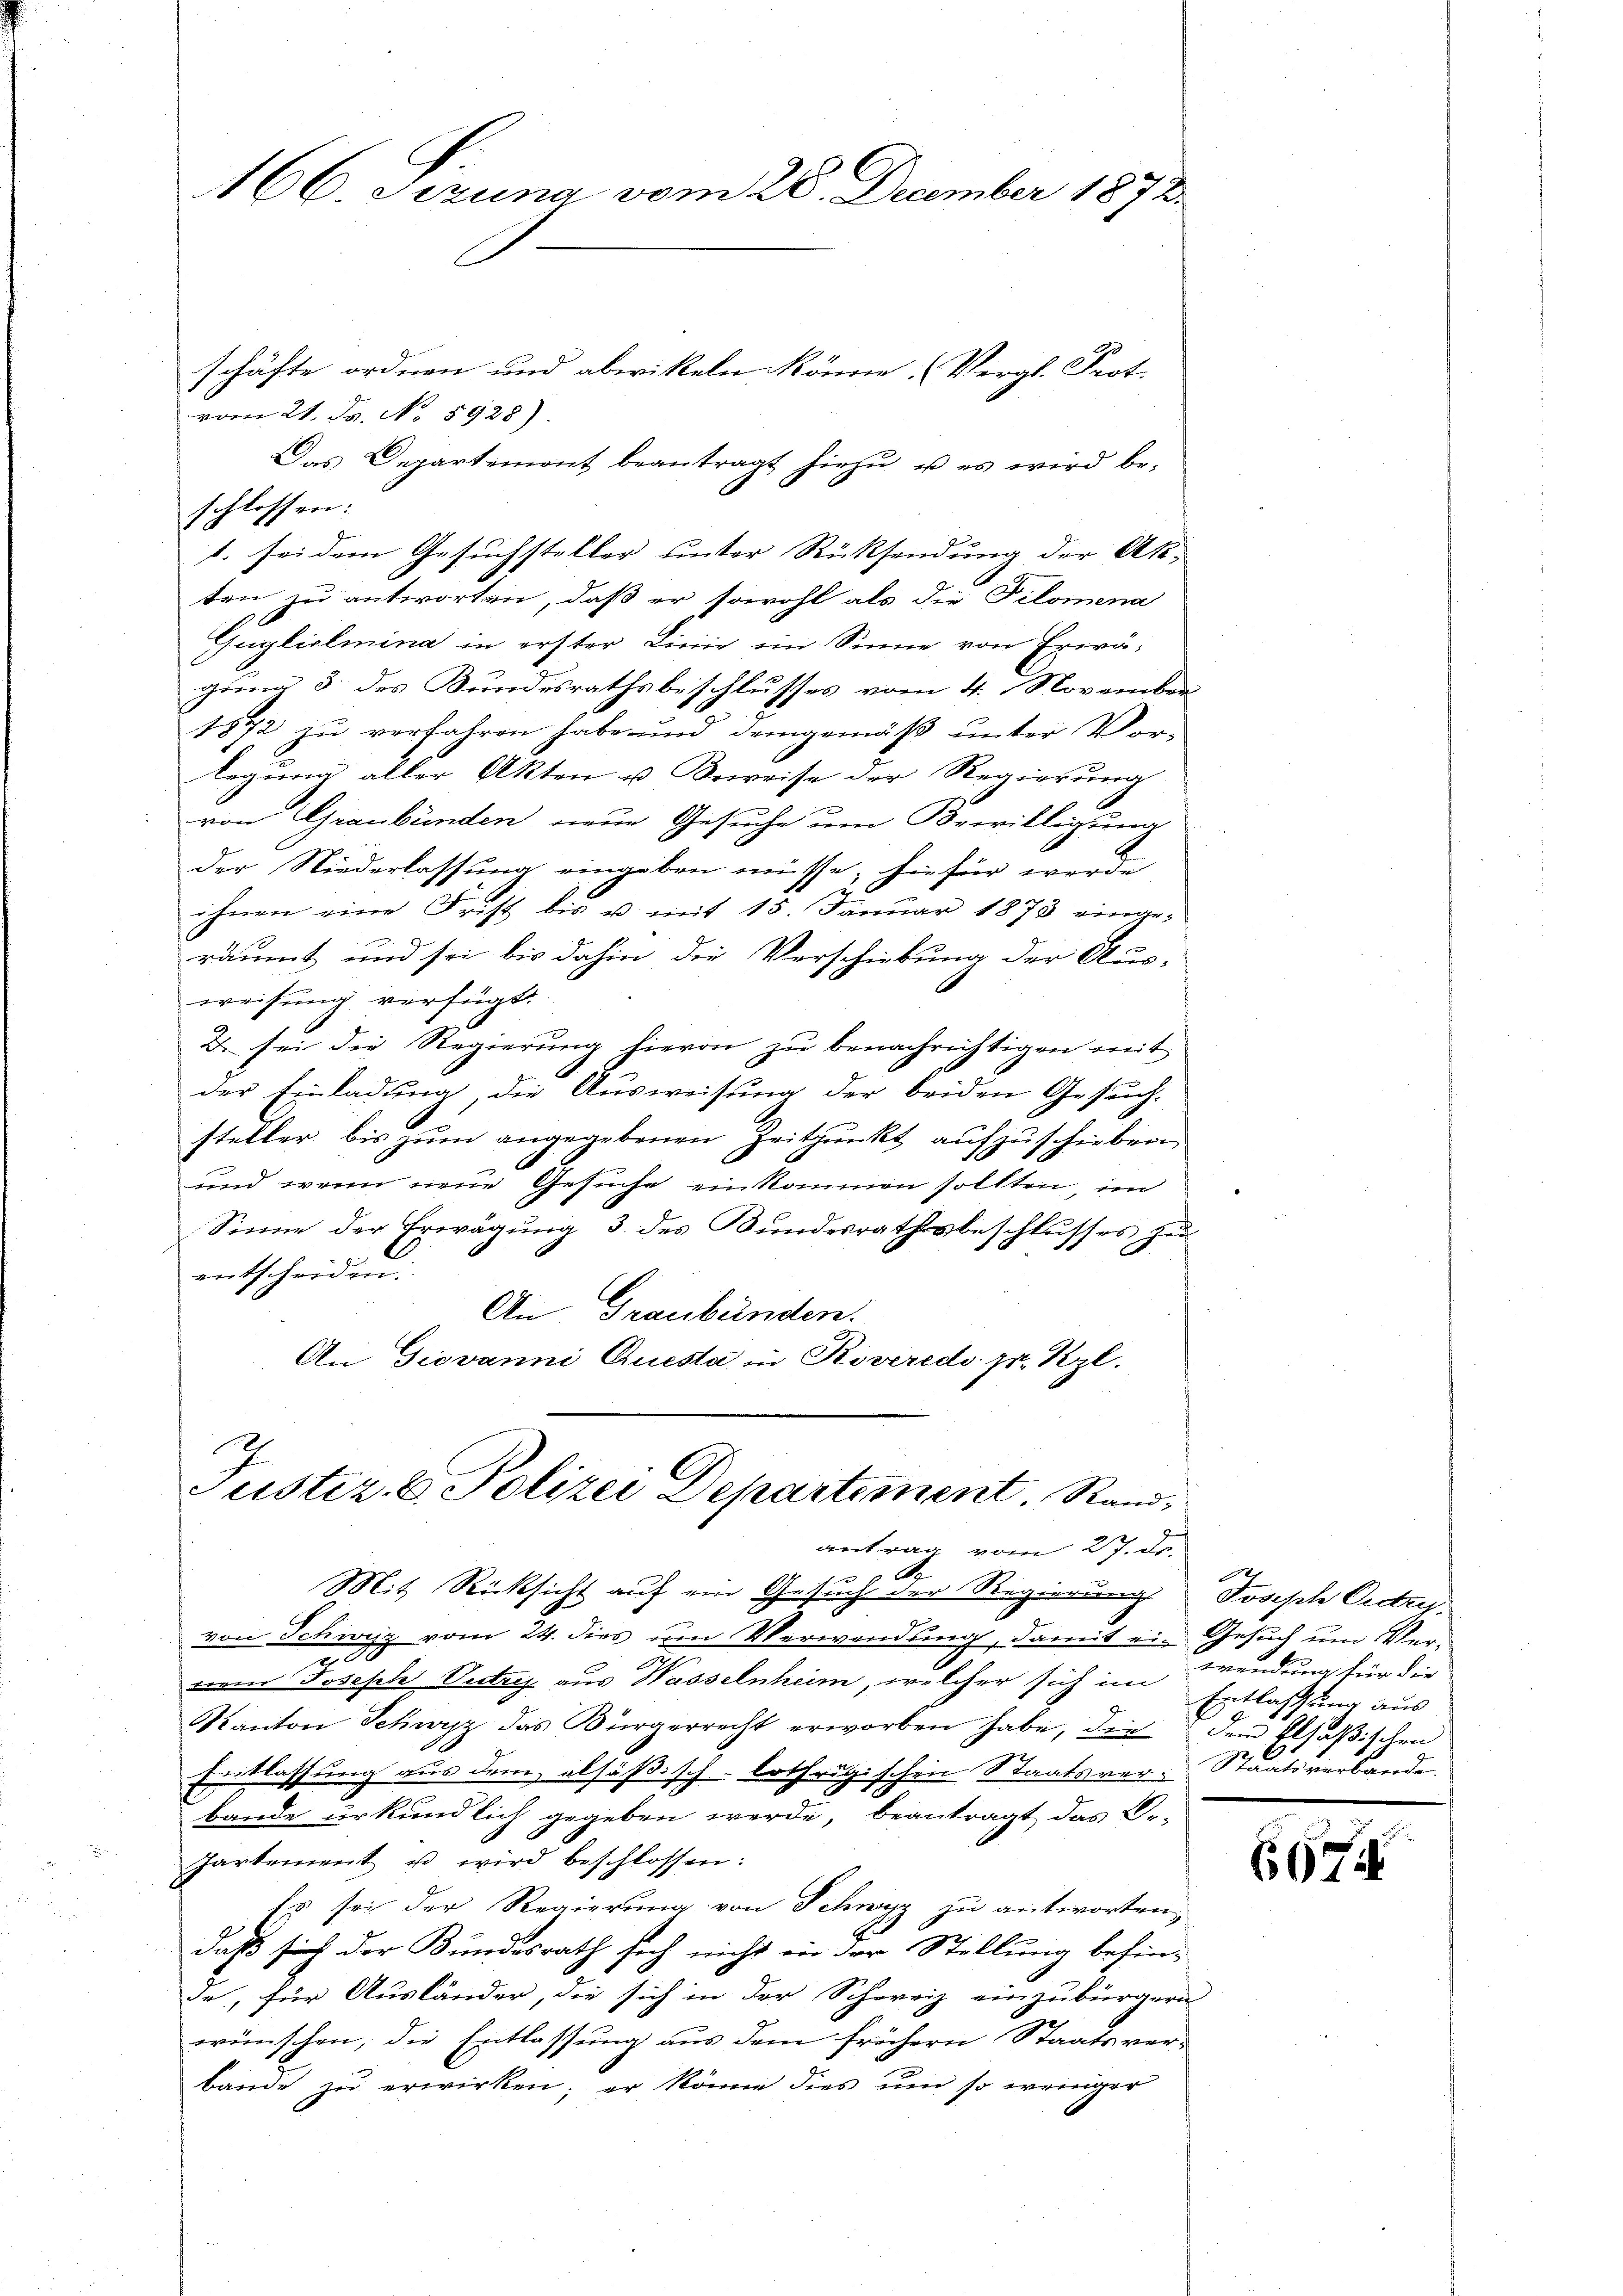
166. Jezuna vom 28. December 1872.

schäfte ordnen und abwitteln könne. Vergl. Prot.
vom 21. Js. No. 5928).
Das Departement beantragt hiezu, u es wird be-
schlossen:
s. sei dem Gesuchsteller unter Rücksendung der Ak-
ten zu antworten, daß er sowohl als die Filomena
Gugliclmina in erster Lierie im Sinne von Erwägung 3. des Bundesrathsbeschlusses vom 4. November
1872 zu verfahren habe und demgemäß unter Vor-
legung aller Akten u. Beweise der Regierung
von Graubünden, neue Gesuche um Bewilligung
der Niederlassung eingeben müsse; hiefür werde
ihnen eine Frist bis u. mit 15. Januar 1873 einge-
räumt und sei bis dahin die Verschiebung der Aus-
weisung verfügt:
2. sei die Regierung hievon zu benachrichtigen mit
der Einladung, die Ausweisung der beiden Gesuch-
steller bis zum angegebenen Zeitpunkt aufzuschieben,
und wenn neue Gesuche einkommen sollten, im
Sinne der Erwägung 3. des Bundesrathsbeschlusses zu
entscheiden:
An Graubünden.
An Giovanni Questa in Roveredo pr. Kgl.

Justiz- & Polizei Departement. Randantrag vom 27. Dr.

Mit Rücksicht auf ein Gesuch der Regierung Joseph Ordrevon Schweiz vom 24. dies um Verwendung, damit ein Gesuch um Ver-
7
reren Joseph Unter aus Wasselnheim, welcher sich im
Kanton Schwyz das Bürgerrecht erworben habe, die dem Elsaßischen
Entlassung aus dem elsäßisch-lothrigischen Staatsver-Staatsverbande.
bande urkundlich gegeben werde, beantragt das Ge-
Partement u wird beschlossen:
Es sei der Regierung von Schwyz zu antworten,
daß sich der Bundesrath sich nicht in der Stellung befinde, für Ausländer, die sich in der Schweiz einzubürgern
wünschen, die Entlassung aus dem frühern Staatsver-
bande zu erwirken; er könne dies um so weniger

wendung für die
Entlassung aus

6674